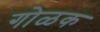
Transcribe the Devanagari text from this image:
गोळक